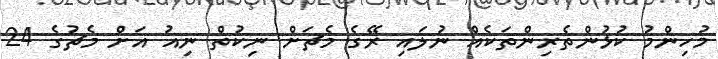
މުހިންމު ކުޅުންތެރިންތަކެއް ނުލައި ރޭގެ މެޗަށް ނިކުތް ނިއު އަށް މެޗުގެ 24